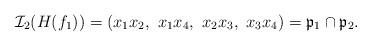
LaTeX: \begin{align*} \mathcal{I}_2(H(f_1)) & = (x_1 x_2,\ x_1 x_4,\ x_2 x_3,\ x_3 x_4) = \mathfrak{p}_1 \cap \mathfrak{p}_2. \end{align*}